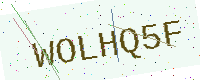
Text: WOLHQ5F